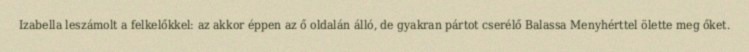
Izabella leszámolt a felkelőkkel: az akkor éppen az ő oldalán álló, de gyakran pártot cserélő Balassa Menyhérttel ölette meg őket.